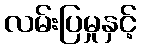
လမ်းပြမှုနှင့်